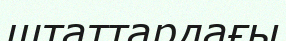
штаттардағы